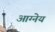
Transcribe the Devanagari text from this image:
आग्‍नेय